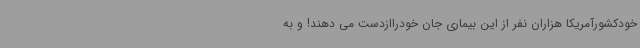
خودکشورآمریکا هزاران نفر از این بیماری جان خودراازدست می دهند! و به